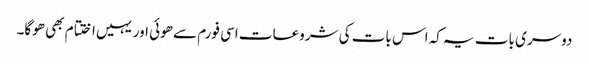
دوسری بات یہ کہ اس بات کی شروعات اسی فورم سے ھوئی اور یہیں اختتام بھی ھوگا۔